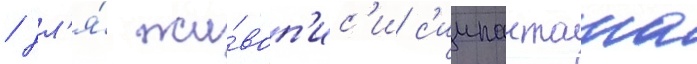
/ дл'я́ жи́воп'ис'и с'иипанташа